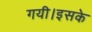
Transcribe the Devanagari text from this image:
गयी।इसके